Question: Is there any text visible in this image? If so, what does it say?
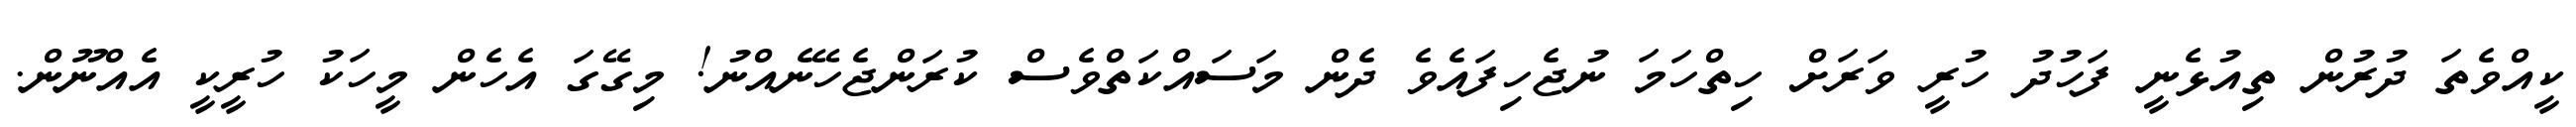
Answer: ކީއްވެތަ ދުރުން ތިއުޅެނީ ފަހުދު ހުރީ ވަރަށް ހިތްހަމަ ނުޖެހިފައެވެ ދެން މަސައްކަތްވެސް ކުރަންޖެހޭނެއްނު! މިގޭގަ އެހެން މީހަކު ހުރީކީ އެއްނޫން.